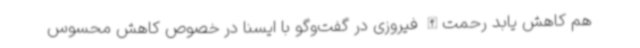
هم کاهش یابد رحمت‌الله فیروزی در گفت‌وگو با ایسنا در خصوص کاهش محسوس